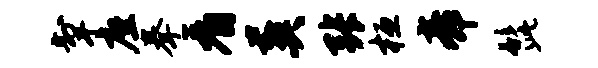
掣座拳看葬张桓帝髭